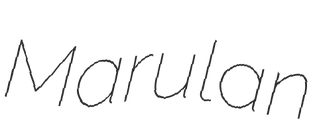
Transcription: Marulan